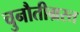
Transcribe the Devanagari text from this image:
चुनौतीग्रस्त